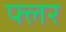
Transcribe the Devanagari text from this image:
फ्लर